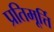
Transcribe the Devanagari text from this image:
प्रतिमूर्त्ति